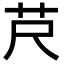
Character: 𦬨